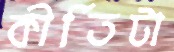
কীর্তিটা